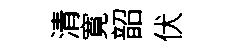
清寛韶伏